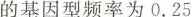
的基因型频率为0.25